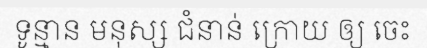
ទូន្មាន មនុស្ស ជំនាន់ ក្រោយ ឲ្យ ចេះ